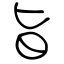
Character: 旨